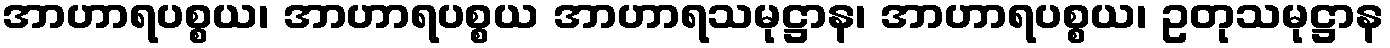
အာဟာရပစ္စယ၊ အာဟာရပစ္စယ အာဟာရသမုဋ္ဌာန၊ အာဟာရပစ္စယ၊ ဥတုသမုဋ္ဌာန